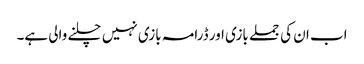
اب ان کی جملے بازی اور ڈرامہ بازی نہیں چلنے والی ہے۔